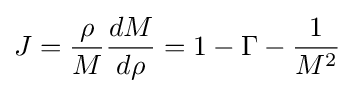
J={\frac {\rho }{M}}{\frac {dM}{d\rho }}=1-\Gamma -{\frac {1}{M^{2}}}